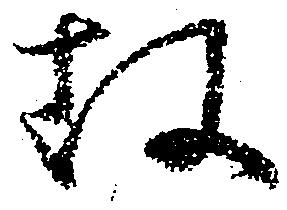
故